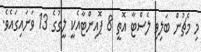
މި މެޗުން ބަލިވި ލެސްޓާ އޮތީ 8 ޕޮއިންޓާއެކީ ލީގުގެ 13 ވަނައިގައެވެ.